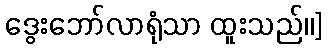
ဒွေးဘော်လာရုံသာ ထူးသည်၊၊]